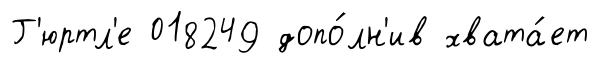
Г'юртл'е 018249 допо́лн'ив хвата́ет